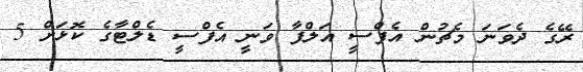
ރޭގެ ދެވަނަ މެޗުން އެފްސީ އަލްފާ ވަނީ އެފްސީ ޑެލްޓާގެ ކޮޅަށް 5